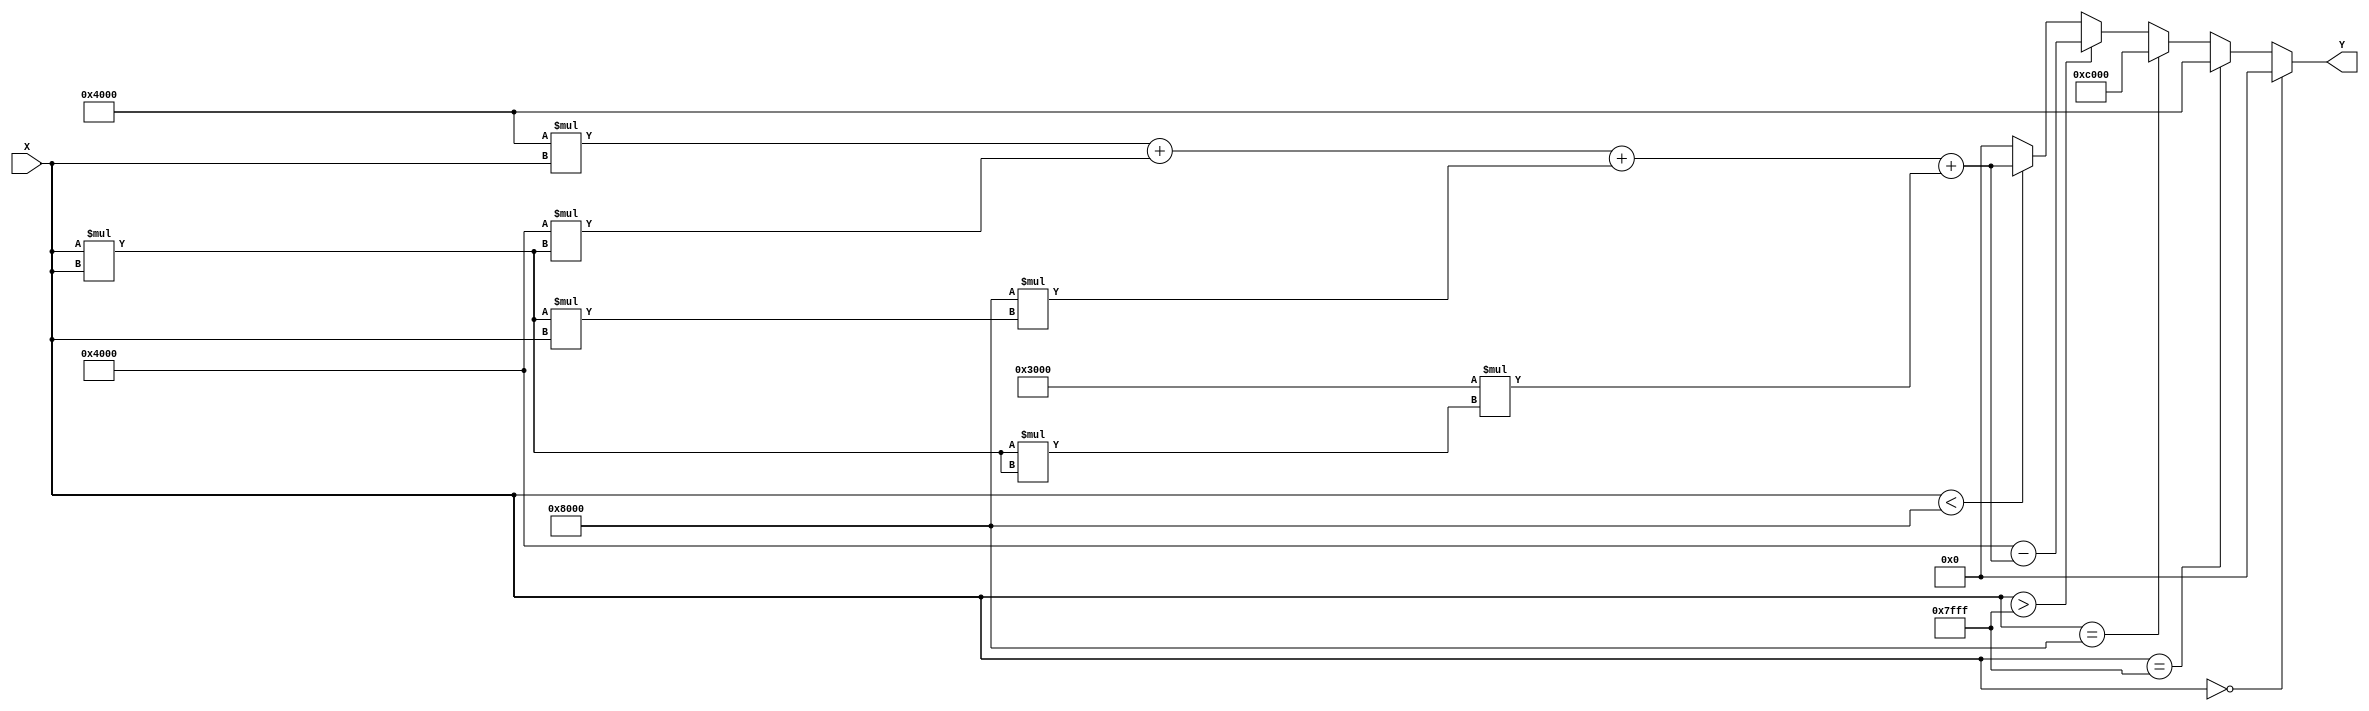
module atan_block (
    input signed [15:0] X,  // Input data (Q1.15 format)
    output reg signed [15:0] Y // Output data (Q1.15 format)
);

// Constants for polynomial approximation
parameter signed [15:0] C0 = 16'h0000; // Coefficient for x^0
parameter signed [15:0] C1 = 16'h4000; // Coefficient for x^1 (1.0 in Q1.15)
parameter signed [15:0] C2 = 16'hC000; // Coefficient for x^2 (-1.0 in Q1.15)
parameter signed [15:0] C3 = 16'h8000; // Coefficient for x^3 (0.5 in Q1.15)
parameter signed [15:0] C4 = 16'h3000; // Coefficient for x^4 (0.125 in Q1.15)

// Internal wires for computation
wire signed [15:0] x_squared;
wire signed [15:0] x_cubed;
wire signed [15:0] x_fourth;
wire signed [15:0] polynomial;

// Compute squares and higher powers
assign x_squared = X * X; // x^2
assign x_cubed = x_squared * X; // x^3
assign x_fourth = x_squared * x_squared; // x^4

// Polynomial approximation: atan(x) ~ x + (C2 * x^2) + (C3 * x^3) + (C4 * x^4)
assign polynomial = C1 * X + C2 * x_squared + C3 * x_cubed + C4 * x_fourth;

always @(*) begin
    if (X == 16'h0000) begin
        Y = 16'h0000; // atan(0) = 0
    end else if (X == 16'h7FFF) begin
        Y = 16'h4000; // atan(+) = /2
    end else if (X == 16'h8000) begin
        Y = 16'hC000; // atan(-) = -/2
    end else if (X > 16'h7FFF) begin
        Y = 16'h4000 - polynomial; // Adjust for inputs beyond 1
    end else if (X < 16'h8000) begin
        Y = polynomial; // Normal case
    end else begin
        Y = 16'h0000; // Default case
    end
end

endmodule